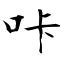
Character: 咔